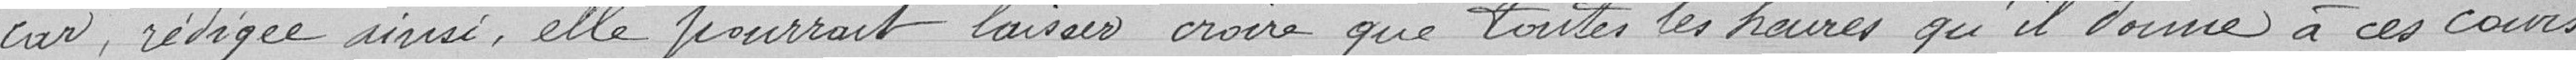
car, rédigée ainsi, elle pourrait laisser croire que toutes les heures qu'il donne à ces cours